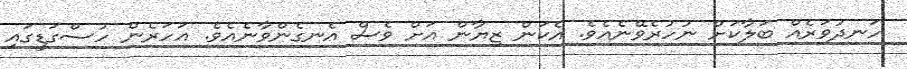
ހަނދުވަރެއް ބަލާކަށް ނުހުރެވޭނެއެވެ. އެކަން ޒިޔާން އަށް ވެސް އެނގެންވާނެއެވެ. އަހަރެން ހުސްގަޑީގައި